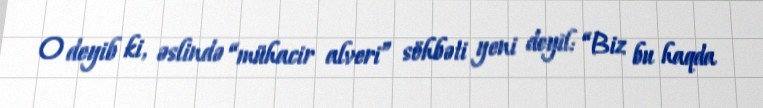
O deyib ki, əslində “mühacir alveri” söhbəti yeni deyil: “Biz bu haqda